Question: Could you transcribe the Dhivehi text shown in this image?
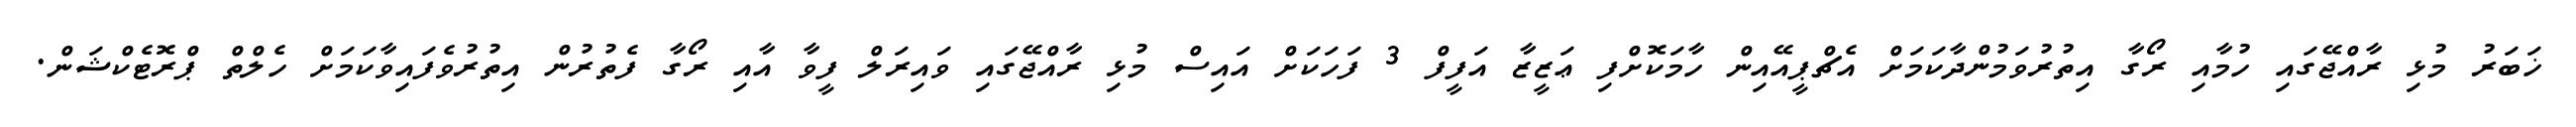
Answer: ޚަބަރު މުޅި ރާއްޖޭގައި ހުމާއި ރޯގާ އިތުރުވަމުންދާކަމަށް އެޗްޕީއޭއިން ހާމަކޮށްފި ޢަޒީޒާ އަފީފް 3 ފަހަކަށް އައިސް މުޅި ރާއްޖޭގައި ވައިރަލް ފީވާ އާއި ރޯގާ ފެތުރުން އިތުރުވެފައިވާކަމަށް ހެލްތް ޕްރޮޓެކްޝަން.